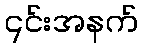
၎င်းအနက်